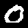
Digit: 0